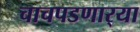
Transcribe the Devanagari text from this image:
चाचपडणार्‍या